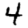
Digit: 4